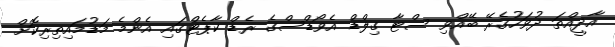
އާދީއްތަ ދުވަހުގެރޭ ބޭއްވި ސްޓާ ގިލްޑް އެވޯޑްސްގެ ރެޑް ކާޕެޓްގައި އެންމެ މަޑުމައިތިރިކޮށް